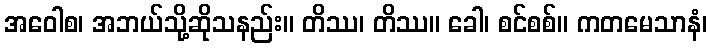
အဝေါစ၊ အဘယ်သို့ဆိုသနည်း။ တိဿ၊ တိဿ။ ခေါ၊ စင်စစ်။ ကတမေသာနံ၊